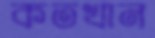
কতখান